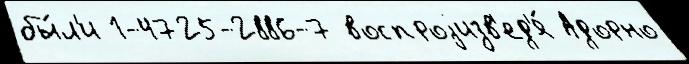
бы́л'и 1-4725-2886-7 воспроjизв'ед'я́ Адорно